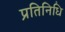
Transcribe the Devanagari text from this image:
प्रतिनिधि